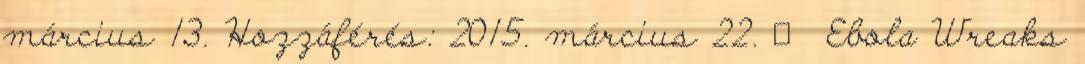
március 13. Hozzáférés: 2015. március 22. ↑ Ebola Wreaks